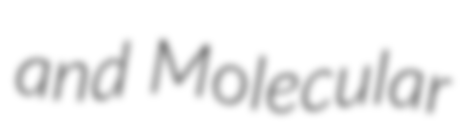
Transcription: and Molecular